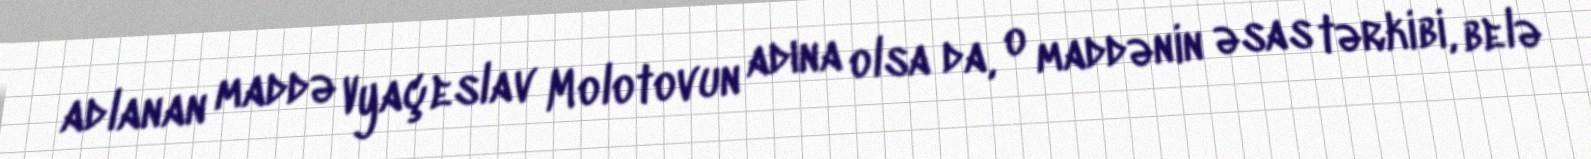
adlanan maddə Vyaçeslav Molotovun adına olsa da, o maddənin əsas tərkibi, belə